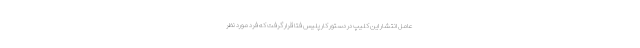
عامل انتشار این کلیپ در دستور کار پلیس فتا قرار گرفت که فرد مورد نظر